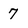
Character: 7